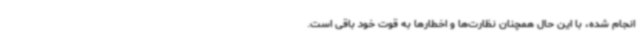
انجام شده، با این حال همچنان نظارت‌ها و اخطارها به قوت خود باقی است‌.